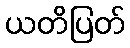
ယတိပြတ်